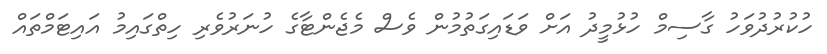
ހުކުރުދުވަހު ގާސިމް ހުޅުމީދު އަށް ވަޑައިގަތުމުން ވެސް މެޖެންޓާގެ ހުނަރުވެރި ހިތްގައިމު އައިޓަމްތައް